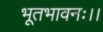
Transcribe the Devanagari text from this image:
भूतभावनः।।